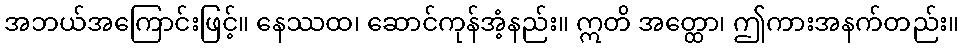
အဘယ်အကြောင်းဖြင့်။ နေဿထ၊ ဆောင်ကုန်အံ့နည်း။ ဣတိ အတ္ထော၊ ဤကားအနက်တည်း။